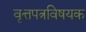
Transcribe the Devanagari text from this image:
वृत्तपत्रविषयक